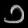
Digit: ၁